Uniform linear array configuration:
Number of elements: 12
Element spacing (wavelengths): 1
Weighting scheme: blackman
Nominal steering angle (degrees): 0
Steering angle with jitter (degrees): -1.52
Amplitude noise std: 0.05
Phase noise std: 0.05

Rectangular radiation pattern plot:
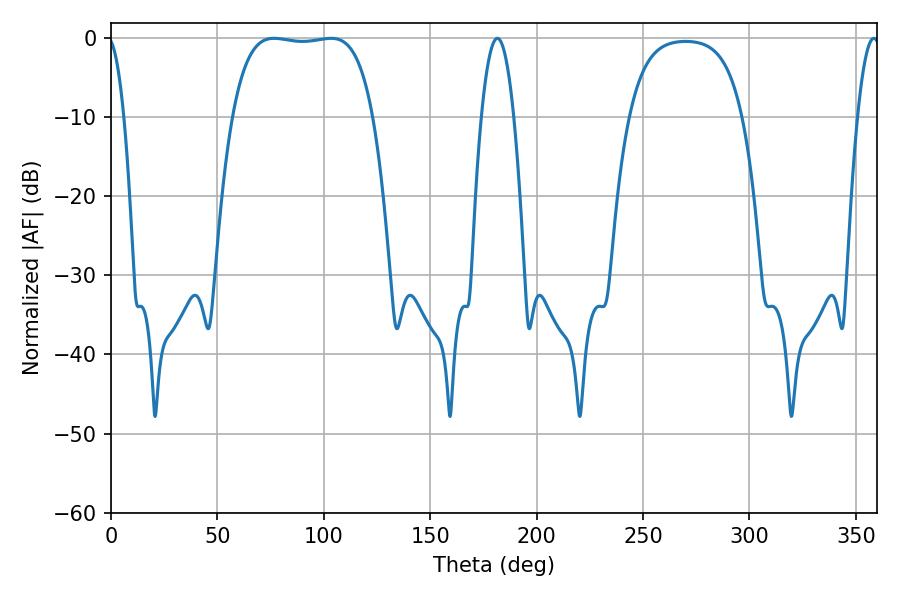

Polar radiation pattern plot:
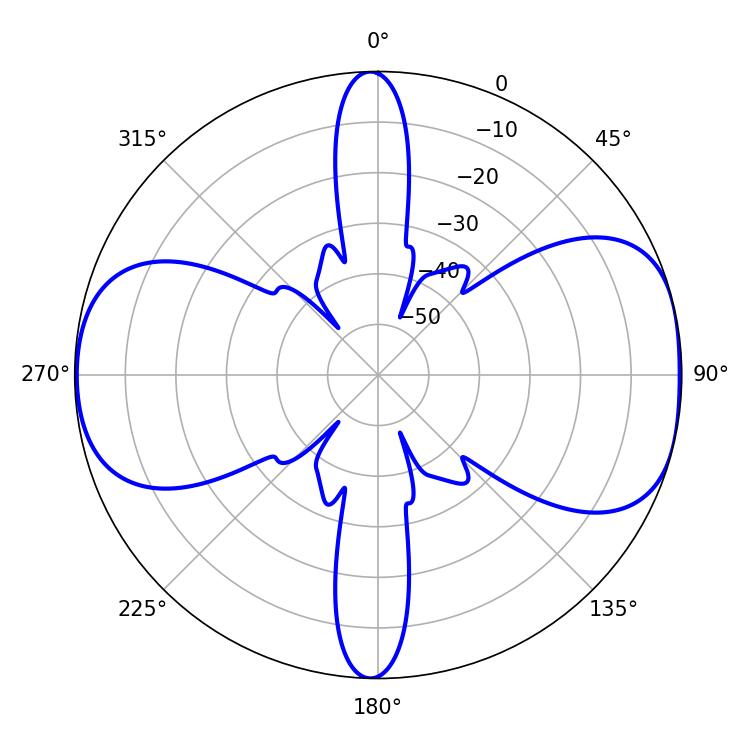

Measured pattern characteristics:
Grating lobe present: TRUE
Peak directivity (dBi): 8.55
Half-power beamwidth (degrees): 52.2
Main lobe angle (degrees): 76.68